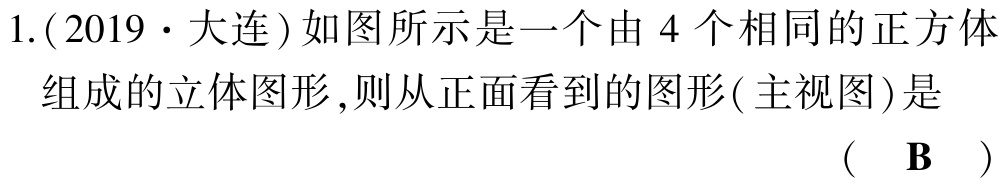
1.(2019·大连)如图所示是一个由 4 个相同的正方体组成的立体图形,则从正面看到的图形(主视图)是 （ B ）